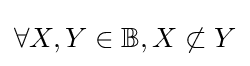
\forall X,Y\in \mathbb {B} ,X\not \subset Y